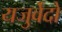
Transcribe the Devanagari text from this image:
यजुर्वेदो